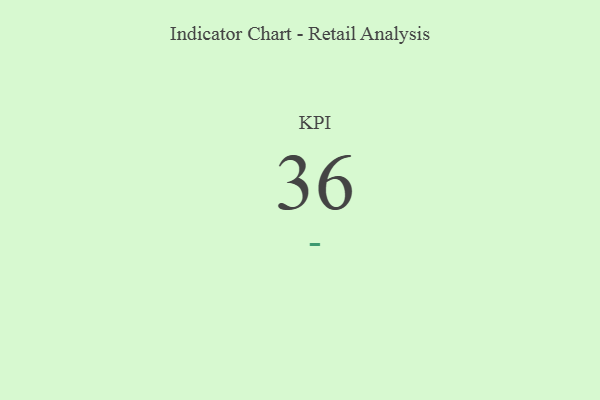
{"axis": {"x": "KPI", "y": "Value"}, "legend": [""], "data": [{"x": "KPI", "y": 36, "type": ""}]}